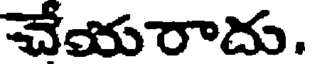
చేయరాదు.